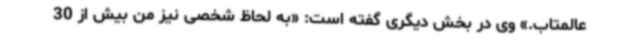
عالمتاب.» وی در بخش دیگری گفته است: «به لحاظ شخصی نیز من بیش از 30